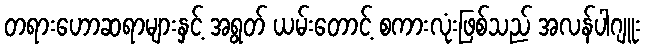
တရားဟောဆရာများနှင့် အရွတ် ယမ်းတောင့် စကားလုံးဖြစ်သည် အလန်ပါဂျူး